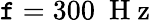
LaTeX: \mathtt{f}=300~\mathrm{{~H~z~}}